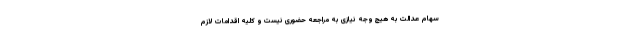
سهام عدالت به هیچ وجه نیازی به مراجعه حضوری نیست و کلیه اقدامات لازم